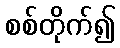
စစ်တိုက်၍